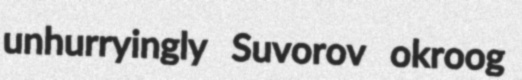
unhurryingly Suvorov okroog